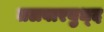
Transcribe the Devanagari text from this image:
तलवारयुध्द